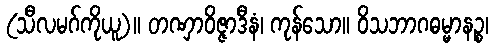
(သီလမဂ်ကိုယူ)။ တဏှာဝိဇ္ဇာဒီနံ၊ ကုန်သော။ ဝိသဘာဂဓမ္မာနဉ္စ၊